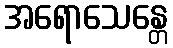
အရောသေန္တေ